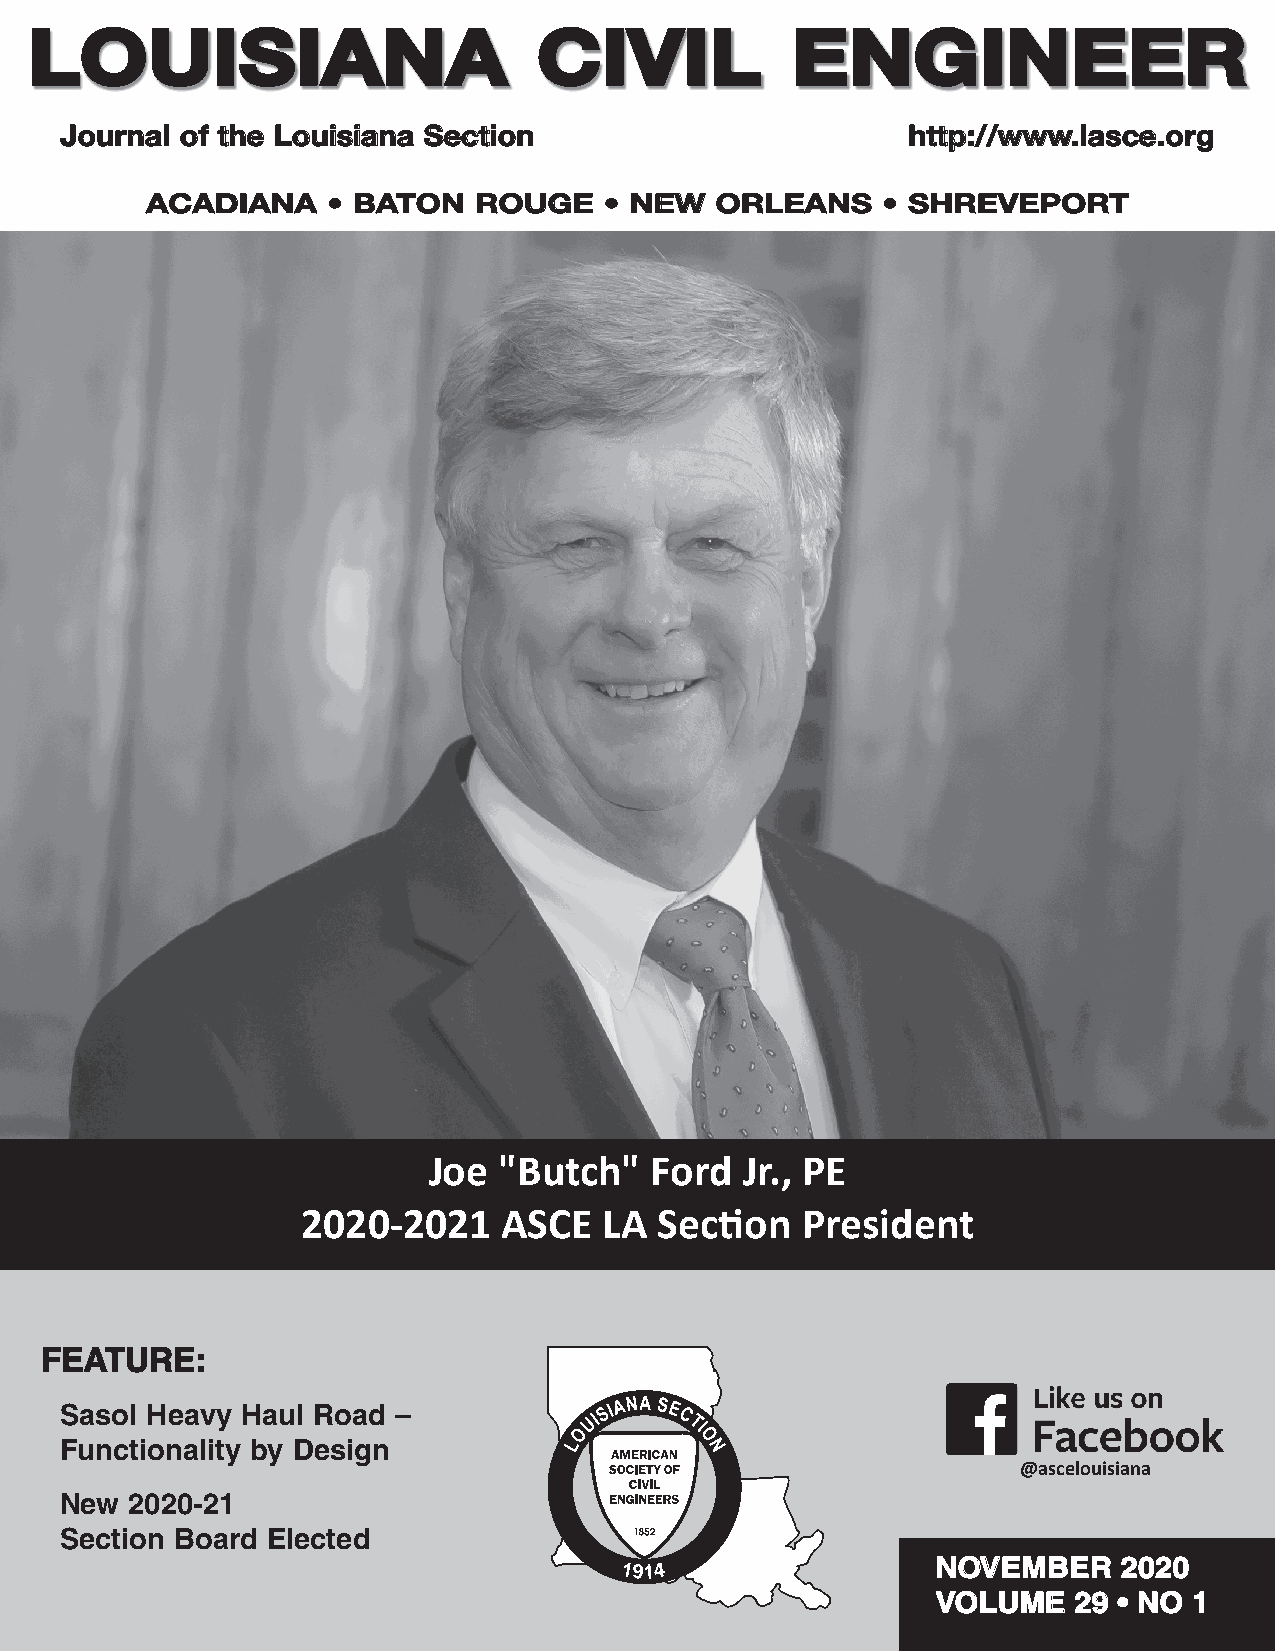
LLOOUUIISSIIAANNAA                CCIIVVIILL      EENNGGIINNEEEERR
 JJoouurrnnaall ooff tthhee LLoouuiissiiaannaa SSeeccttiioonn hhttttpp::////wwwwww..llaassccee..oorrgg
 AACCAADDIIAANNAA •• BBAATTOONN RROOUUGGEE •• NNEEWW OORRLLEEAANNSS •• SSHHRREEVVEEPPOORRTT
 Joe  "Butch"   Ford  Jr., PE
 2020-2021    ASCE   LA  Section  President
 FFEEAATTUURREE::
 Sasol Heavy Haul Road –
 Functionality by Design
 @ascelouisiana
 New 2020-21
 Section Board Elected
 1914                 NNOOVVEEMMBBEERR 22002200
 VVOOLLUUMMEE 2299 •• NNOO 11